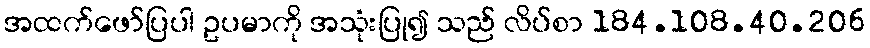
အထက်ဖော်ပြပါ ဥပမာကို အသုံးပြု၍ သည် လိပ်စာ 184.108.40.206